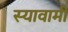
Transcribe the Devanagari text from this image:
स्यावामी